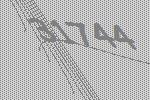
31744